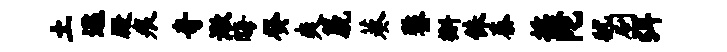
土逐殿痕奇漱晦癸爽篪葵鏊槲侏泰摇陀犹刷弭